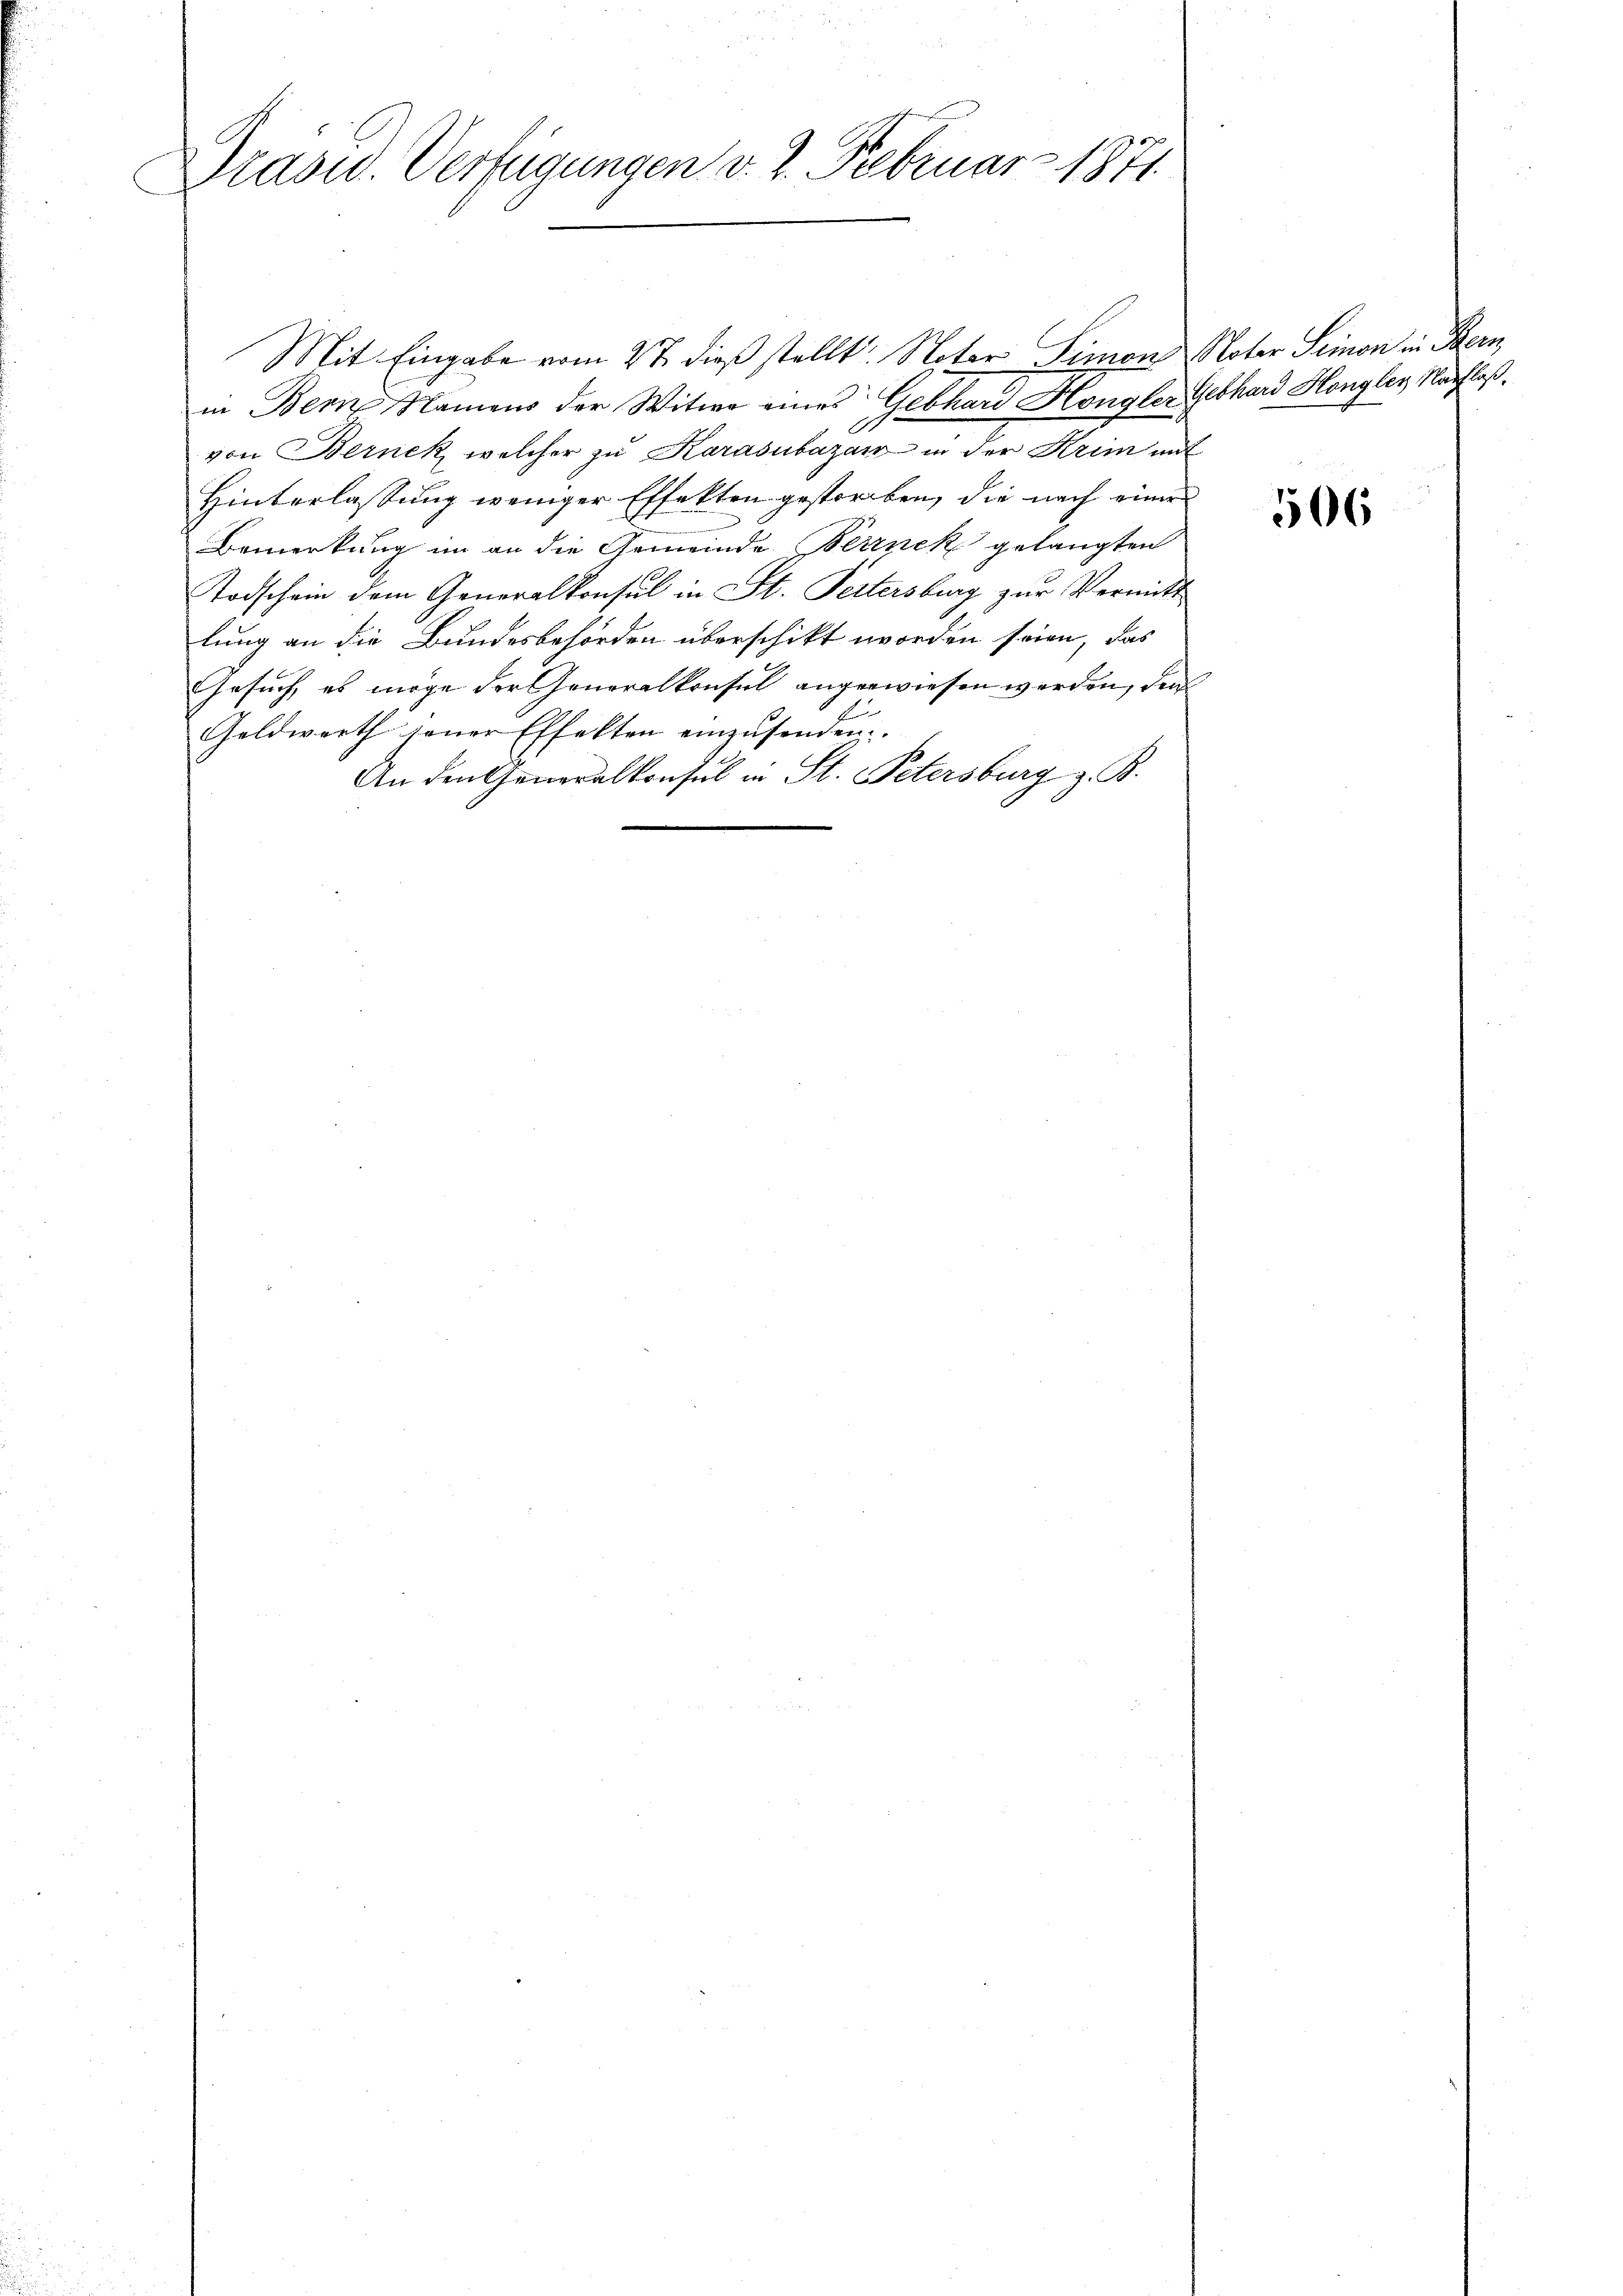
Drasw. Verfügungen v. 2. Februar 1871.

Mit Eingabe vom 2t dieß stellt. Nator Simon Noter Simon in Bern,
in Bern Namens der Witwe eines Gebhard Höngler Gebhard Hongler, Nachlaßvon Bernek, welcher zu Karasubazanz in der Krim mit
Hinterlassung weniger Effekten gestorben, die nach einer
Bemerkung im an die Gemeinde Berinek gelangten
Todschein dem Generalkonsul in St. Petersburg zur Vermitt
lung an die Bundesbehörden überschikt worden seien, das
Gesuch, es möge der Generalkonsul angewiesen werden, den
Geldwerth jener Effekten einzusenden. |
An den Generalkonsul in St. Petersburg z. B.

506